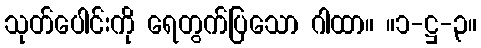
သုတ်ပေါင်းကို ရေတွက်ပြသော ဂါထာ။ ။၁-ဋ္ဌ-၃။